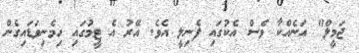
ޖަމީލް" އަނެއްކާ ވެސް އެކުގައި ފެނިލީ އެވެ. އޭރު އެ ޓީމުގައި ހިމެނިވަޑައިގެން